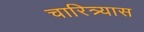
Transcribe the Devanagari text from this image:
चारित्र्यास